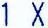
1 X